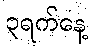
၃ရက်နေ့